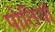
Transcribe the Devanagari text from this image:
पोतियाॅ